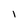
Character: I